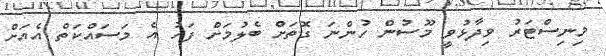
މިނިސްޓަރު ވިދާޅުވީ މޫސުން ހުންނަ ގޮތަށް ބެލުމަށް ފަހު އެ މަސައްކަތް އެއަށް